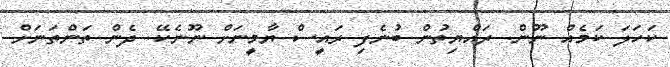
ކަހަލަ ކަމެއް ނޫން. ރައްޔިތުން ބުނެފި ރައީސް ޔާމީނަށް ނޫނެކޭ. ދެން ތަންތަނަށް